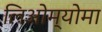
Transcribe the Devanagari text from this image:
लिओम्योमा